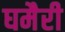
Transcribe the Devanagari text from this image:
घमैरी